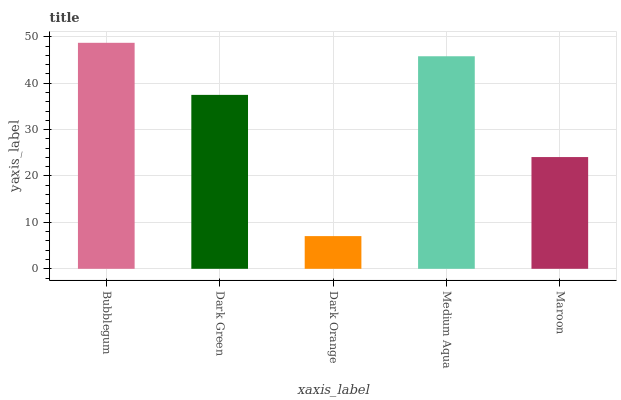
| xaxis_label | bars |
 | --- | --- |
 | Bubblegum | 48.7 |
 | Dark Green | 37.5 |
 | Dark Orange | 7.05 |
 | Medium Aqua | 45.8 |
 | Maroon | 24.1 |